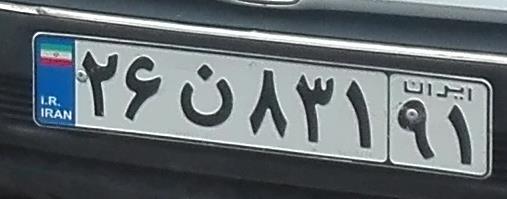
۲۶ن۸۳۱۹۱